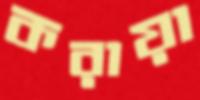
করায়া